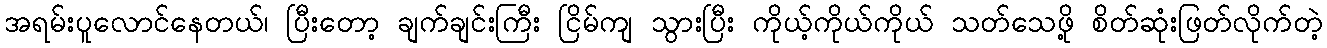
အရမ်းပူလောင်နေတယ်၊ ပြီးတော့ ချက်ချင်းကြီး ငြိမ်ကျ သွားပြီး ကိုယ့်ကိုယ်ကိုယ် သတ်သေဖို့ စိတ်ဆုံးဖြတ်လိုက်တဲ့